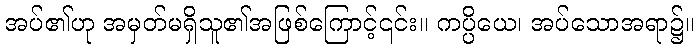
အပ်၏ဟု အမှတ်မရှိသူ၏အဖြစ်ကြောင့်၎င်း။ ကပ္ပိယေ၊ အပ်သောအရာ၌။